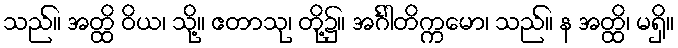
သည်။ အတ္ထိ ဝိယ၊ သို့။ ဧတာသု၊ တို့၌။ အင်္ဂါတိက္ကမော၊ သည်။ န အတ္ထိ၊ မရှိ။